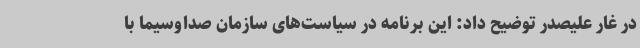
در غار علیصدر توضیح داد: این برنامه در سیاست‌های سازمان صداوسیما با